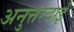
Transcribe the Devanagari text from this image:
अनुत्तरदाई